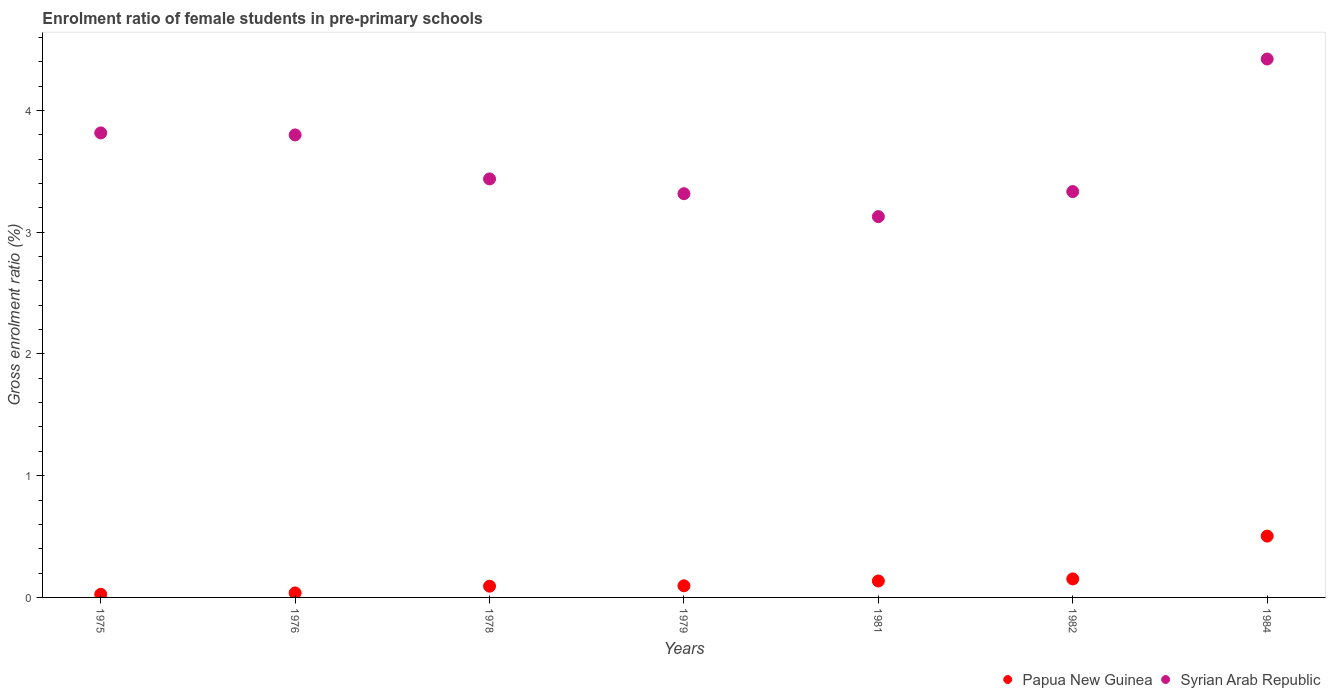
| Years | Papua New Guinea | Syrian Arab Republic |
 | --- | --- | --- |
 | 1975 | 0.0254 | 3.82 |
 | 1976 | 0.0369 | 3.8 |
 | 1978 | 0.0924 | 3.44 |
 | 1979 | 0.0955 | 3.32 |
 | 1981 | 0.135 | 3.13 |
 | 1982 | 0.152 | 3.33 |
 | 1984 | 0.504 | 4.42 |